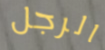
الرجل